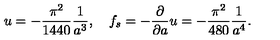
u = - { \frac { \pi ^ { 2 } } { 1 4 4 0 } } { \frac { 1 } { a ^ { 3 } } } , \quad f _ { s } = - { \frac { \partial } { \partial a } } u = - { \frac { \pi ^ { 2 } } { 4 8 0 } } { \frac { 1 } { a ^ { 4 } } } .